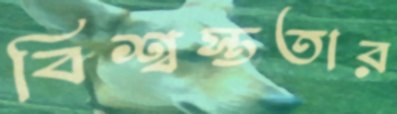
বিশ্বস্ততার